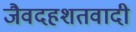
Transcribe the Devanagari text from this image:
जैवदहशतवादी